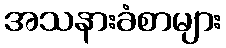
အသနားခံစာများ